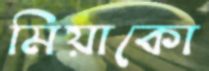
মিয়াকো